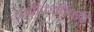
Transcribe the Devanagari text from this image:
याचीकांविषयी